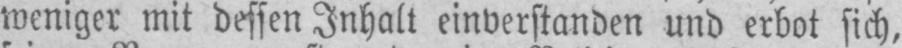
weniger mit dessen Inhalt einverstanden und erbot sich,